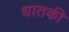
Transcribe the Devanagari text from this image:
धातकी